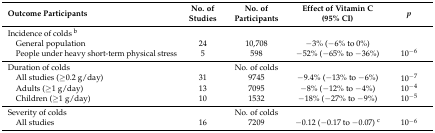
<table><thead><tr><td><b>Outcome Participants</b></td><td><b>No. of Studies</b></td><td><b>No. of Participants </b></td><td><b>Effect of Vitamin C (95% CI)</b></td><td><b><i>p</i></b></td></tr></thead><tbody><tr><td>Incidence of colds <sup>b</sup></td><td></td><td></td><td></td><td></td></tr><tr><td> General population</td><td>24</td><td>10,708</td><td>−3% (−6% to 0%)</td><td></td></tr><tr><td> People under heavy short-term physical stress</td><td>5</td><td>598</td><td>−52% (−65% to −36%)</td><td>10<sup>−6</sup></td></tr><tr><td>Duration of colds</td><td></td><td>No. of colds</td><td></td><td></td></tr><tr><td> All studies (≥0.2 g/day)</td><td>31</td><td>9745</td><td>−9.4% (−13% to −6%)</td><td>10<sup>−7</sup></td></tr><tr><td> Adults (≥1 g/day)</td><td>13</td><td>7095</td><td>−8% (−12% to −4%)</td><td>10<sup>−4</sup></td></tr><tr><td> Children (≥1 g/day)</td><td>10</td><td>1532</td><td>−18% (−27% to −9%)</td><td>10<sup>−5</sup></td></tr><tr><td>Severity of colds</td><td></td><td>No. of colds</td><td></td><td></td></tr><tr><td> All studies</td><td>16</td><td>7209</td><td>−0.12 (−0.17 to −0.07) <sup>c</sup></td><td>10<sup>−6</sup></td></tr></tbody></table>